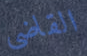
القاضى